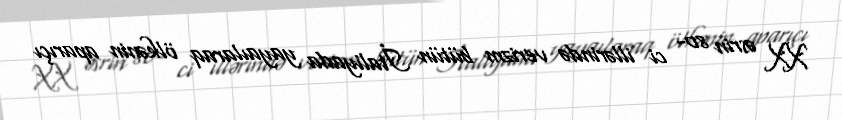
XX əsrin 80- ci illərində verizm bütün İtaliyada yayaılaraq ölkənin aparıçı